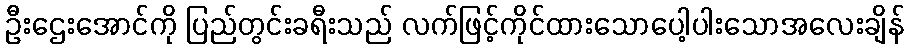
ဦးဌေးအောင်ကို ပြည်တွင်းခရီးသည် လက်ဖြင့်ကိုင်ထားသောပေါ့ပါးသောအလေးချိန်